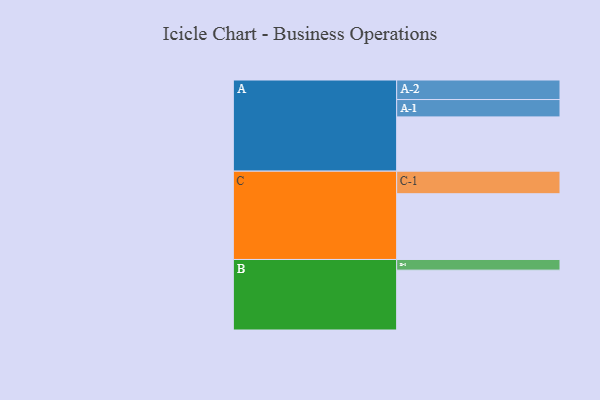
{"axis": {"x": "Segment", "y": "Value"}, "legend": ["", "A", "B", "C"], "data": [{"x": "A", "y": 397, "type": ""}, {"x": "B", "y": 438, "type": ""}, {"x": "C", "y": 481, "type": ""}, {"x": "A-1", "y": 127, "type": "A"}, {"x": "A-2", "y": 143, "type": "A"}, {"x": "B-1", "y": 78, "type": "B"}, {"x": "C-1", "y": 165, "type": "C"}]}